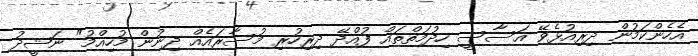
އެހެންކަމުން ދިރިއުޅެވޭ އަސާސީ ހިދުމަތްތައް ފުއްދޭ ދިރިހުރި މުސާރައެއް ދިނުން މުހިއްމު" ނަޝީދު